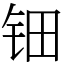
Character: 钿